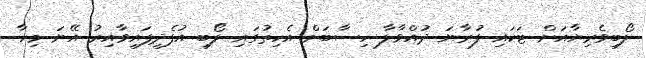
ލޯބިވެރިޔާއަށް ޓަކައި ފުރާނަ ދުއްވާލާ ހިސާބަށް އެހިތުގައި ލޯބި އުފެދިފައިވާއިރު އޭނަ މިހާ